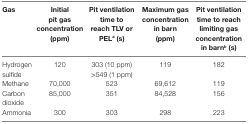
| Gas | Initial pit gas concentration (ppm) | Pit ventilation time to reach TLV or PELa (s) | Maximum gas concentration in barn (ppm) | Pit ventilation time to reach limiting gas concentration in barnb (s) |
 | --- | --- | --- | --- | --- |
 | <ROWSPAN=2> Hydrogen sulfide | <ROWSPAN=2> 120 | 303 (10 ppm) | <ROWSPAN=2> 119 | <ROWSPAN=2> 182 |
 | >549 (1 ppm) |
 | Methane | 70,000 | 523 | 69,612 | 119 |
 | Carbon dioxide | 85,000 | 351 | 84,528 | 156 |
 | Ammonia | 300 | 303 | 298 | 223 |